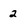
Character: 2